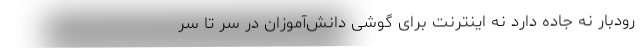
رودبار نه جاده دارد نه اینترنت برای گوشی دانش‌آموزان در سر تا سر